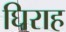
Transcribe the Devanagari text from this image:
घिराह